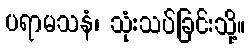
ပရာမသနံ၊ သုံးသပ်ခြင်းသို့။